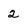
Character: 2